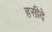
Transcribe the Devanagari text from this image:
हसीदे